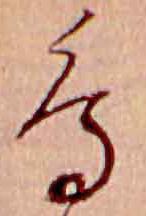
鳥